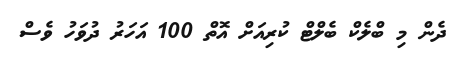
ދެން މި ބްލެކް ބެލްޓް ކުރިއަށް އޮތް 100 އަހަރު ދުވަހު ވެސް